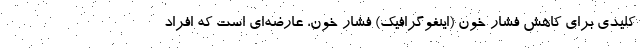
کلیدی برای کاهش فشار خون (اینفوگرافیک) فشار خون، عارضه‌ای است که افراد